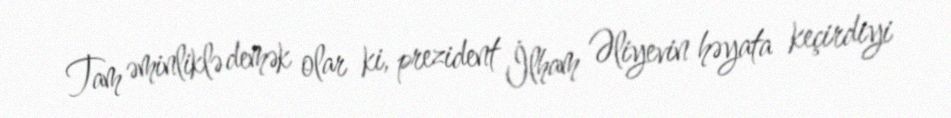
Tam əminliklə demək olar ki, prezident İlham Əliyevin həyata keçirdiyi